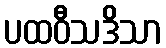
ပထဝီသဒိသာ